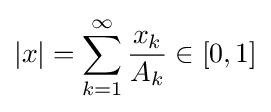
\left|x\right|=\sum _{k=1}^{\infty }{\frac {x_{k}}{A_{k}}}\in \left[0,1\right]